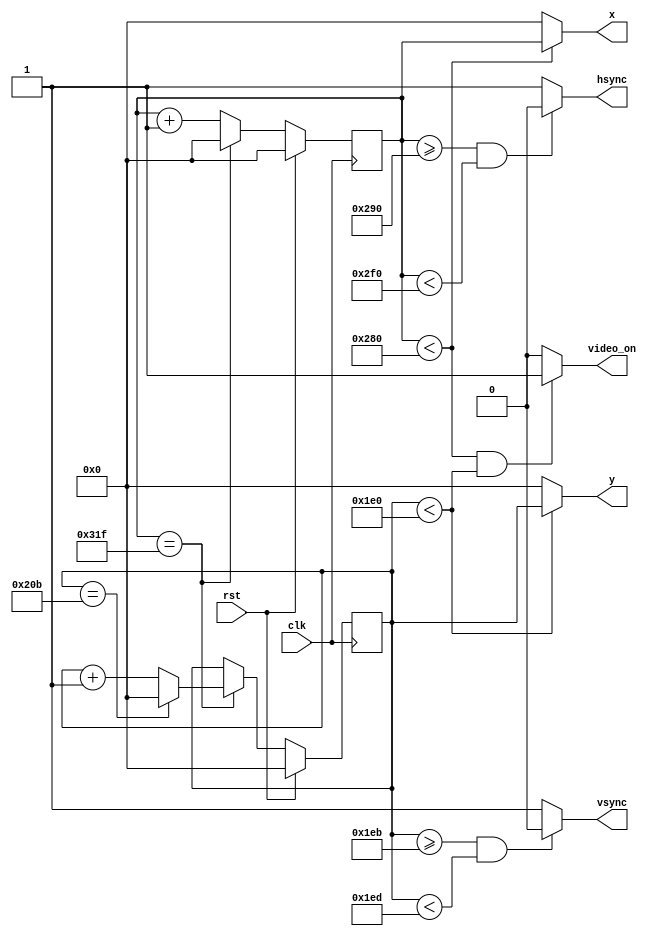
module sync_mod(rst, clk, x, y, video_on, vsync, hsync);
input rst, clk;
output [9:0] x, y;
output video_on, vsync, hsync; 
     
reg [9:0] c_v, c_h; 
    
always @ (posedge clk) begin 
    if (rst) begin
        c_v <= 0;
        c_h <= 0;
    end 
    else begin
        if (c_h == 799) begin 
            c_h <= 0;
            if (c_v == 523) c_v <= 0;
            else c_v <= c_v + 1;    
        end else
            c_h <= c_h + 1;
     end
end 				

assign hsync = (c_h>=656 && c_h<752)? 0 : 1;
assign vsync = (c_v>=491 && c_v<493)? 0 : 1;
                                
assign x = (c_h<640)? c_h : 0; 
assign y = (c_v<480)? c_v : 0;
assign video_on = (c_h<640 && c_v<480)? 1 : 0;

endmodule